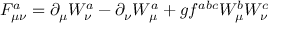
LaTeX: F _ { \mu \nu } ^ { a } = \partial _ { \mu } W _ { \nu } ^ { a } - \partial _ { \nu } W _ { \mu } ^ { a } + g f ^ { a b c } W _ { \mu } ^ { b } W _ { \nu } ^ { c }